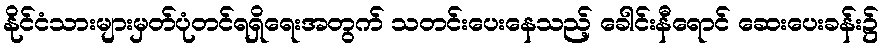
နိုင်ငံသားများမှတ်ပုံတင်ရရှိရေးအတွက် သတင်းပေးနေသည့် ခေါင်းနီရောင် ဆေးပေးခန်း၌